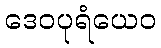
ဒေဝပုရံယေဝ